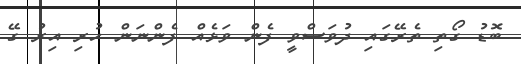
ބޮޑު ގޯތި ތެރޭގައި ދުވަސްވީ ފެން ވަޅެއް ފެންނަން ހުރި އިރު ގޭ